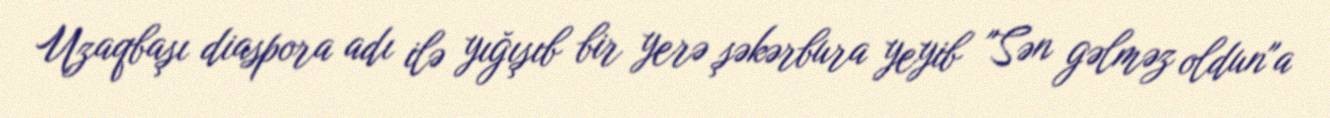
Uzaqbaşı diaspora adı ilə yığışıb bir yerə şəkərbura yeyib "Sən gəlməz oldun"a